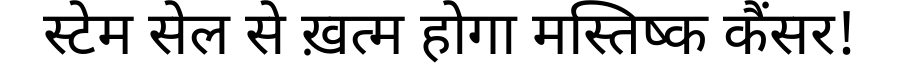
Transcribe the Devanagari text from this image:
स्टेम सेल से ख़त्म होगा मस्तिष्क कैंसर!